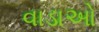
વાડાઓ